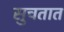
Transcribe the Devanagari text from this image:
सुचतात